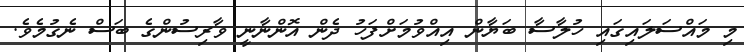
މި މައްސަލައިގައި ހުލާސާ ބަޔާން އިއްވުމަށްފަހު ދެން އޮންނާނީ ވާރިސުންގެ ބަސް ނެގުމެވެ.